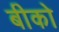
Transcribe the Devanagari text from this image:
बीको